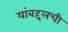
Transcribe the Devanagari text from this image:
यांबद्दलची